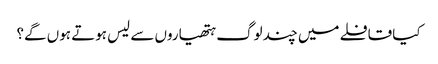
کیا قافلے میں چند لوگ ہتھیاروں سے لیس ہوتے ہوں گے؟